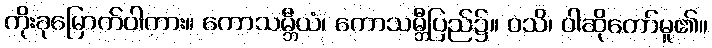
ကိုးခုမြောက်ဝါကား။ ကောသမ္ဘီယံ၊ ကောသမ္ဘီပြည်၌။ ဝသိ၊ ဝါဆိုတော်မူ၏။